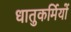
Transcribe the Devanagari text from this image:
धातुकर्मियों